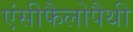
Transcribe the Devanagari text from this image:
एंसीफैलोपैथी